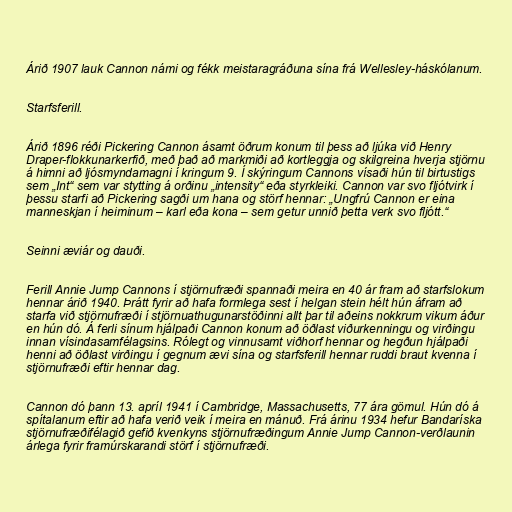
Árið 1907 lauk Cannon námi og fékk meistaragráðuna sína frá Wellesley-háskólanum.

Starfsferill.

Árið 1896 réði Pickering Cannon ásamt öðrum konum til þess að ljúka við Henry
Draper-flokkunarkerfið, með það að markmiði að kortleggja og skilgreina hverja stjörnu
á himni að ljósmyndamagni í kringum 9. Í skýringum Cannons vísaði hún til birtustigs
sem „Int“ sem var stytting á orðinu „intensity“ eða styrkleiki. Cannon var svo fljótvirk í
þessu starfi að Pickering sagði um hana og störf hennar: „Ungfrú Cannon er eina
manneskjan í heiminum – karl eða kona – sem getur unnið þetta verk svo fljótt.“

Seinni æviár og dauði.

Ferill Annie Jump Cannons í stjörnufræði spannaði meira en 40 ár fram að starfslokum
hennar árið 1940. Þrátt fyrir að hafa formlega sest í helgan stein hélt hún áfram að
starfa við stjörnufræði í stjörnuathugunarstöðinni allt þar til aðeins nokkrum vikum áður
en hún dó. Á ferli sínum hjálpaði Cannon konum að öðlast viðurkenningu og virðingu
innan vísindasamfélagsins. Rólegt og vinnusamt viðhorf hennar og hegðun hjálpaði
henni að öðlast virðingu í gegnum ævi sína og starfsferill hennar ruddi braut kvenna í
stjörnufræði eftir hennar dag.

Cannon dó þann 13. apríl 1941 í Cambridge, Massachusetts, 77 ára gömul. Hún dó á
spítalanum eftir að hafa verið veik í meira en mánuð. Frá árinu 1934 hefur Bandaríska
stjörnufræðifélagið gefið kvenkyns stjörnufræðingum Annie Jump Cannon-verðlaunin
árlega fyrir framúrskarandi störf í stjörnufræði.